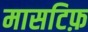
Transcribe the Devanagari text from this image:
मासटिफ़